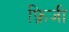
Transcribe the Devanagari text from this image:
फ़्रिजी